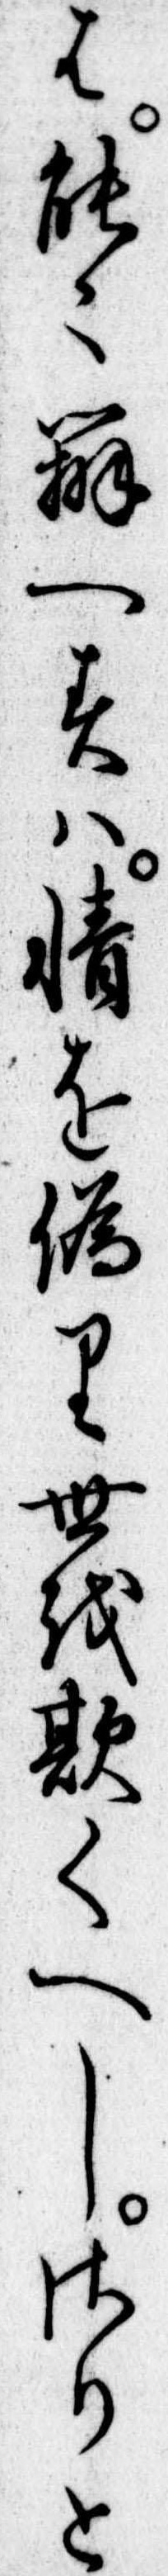
は能弁へすは情を偽り世を欺くへしさりと